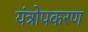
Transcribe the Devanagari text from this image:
यंत्रोपकरण